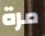
مرة